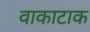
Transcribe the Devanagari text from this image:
वाकाटाक